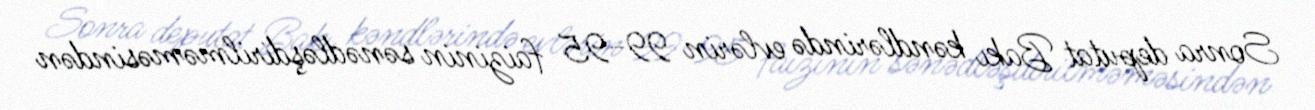
Sonra deputat Bakı kəndlərində evlərin 99-95 faizinin sənədləşdirilməməsindən